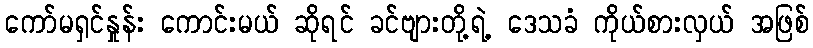
ကော်မရှင်နှုန်း ကောင်းမယ် ဆိုရင် ခင်ဗျားတို့ရဲ့ ဒေသခံ ကိုယ်စားလှယ် အဖြစ်